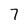
Character: 7